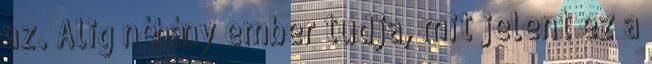
az. Alig néhány ember tudja, mit jelent ez a